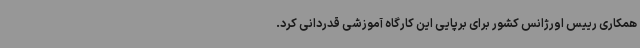
همکاری رییس اورژانس کشور برای برپایی این کارگاه آموزشی قدردانی کرد.